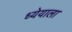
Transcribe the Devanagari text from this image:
ध्येयाला